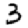
Digit: 3